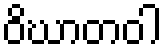
ဝိဃာတဝါ